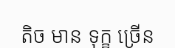
តិច មាន ទុក្ខ ច្រើន